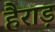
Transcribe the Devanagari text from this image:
हैराड़